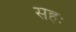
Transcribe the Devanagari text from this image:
सहः